65_HS1-834228961_62-HQ-83894_Section_6
Agency: FBI
Page 149
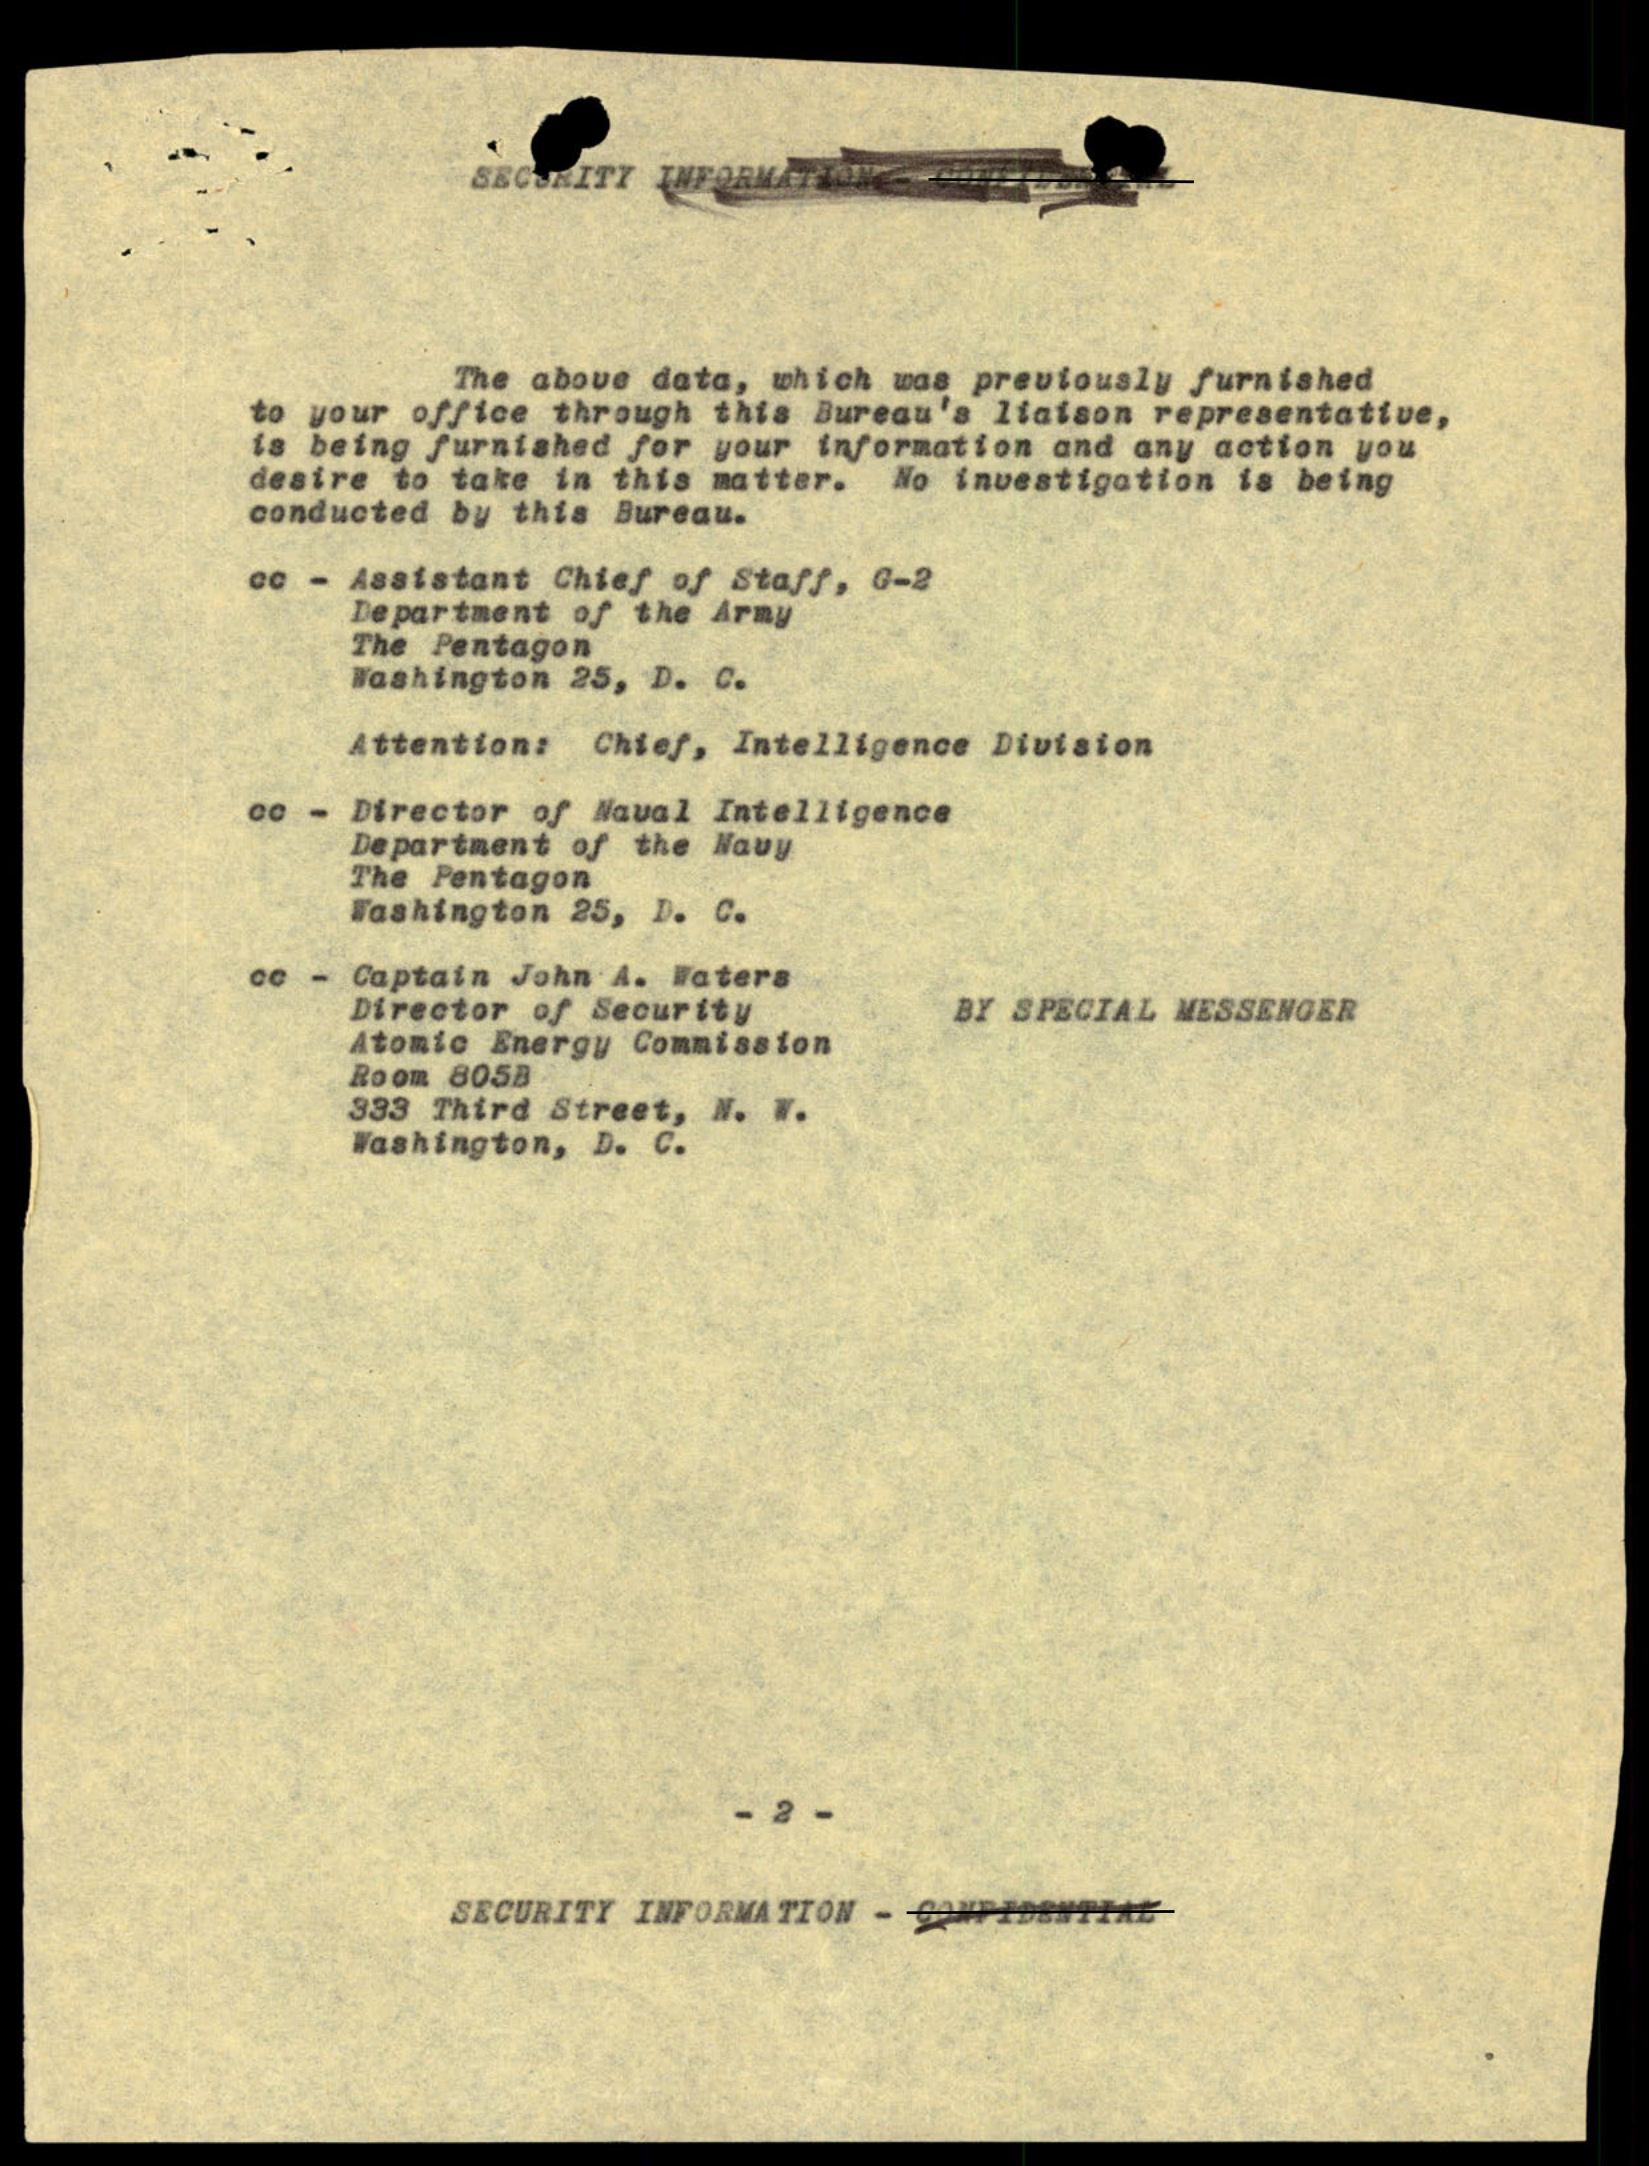